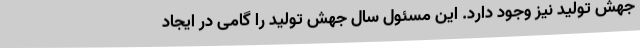
جهش تولید نیز وجود دارد. این مسئول سال جهش تولید را گامی در ایجاد